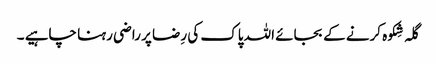
گلہ شِکوہ کرنے کے بجائے اللہ پاک کی رِضا پر راضی رہنا چاہیے ۔